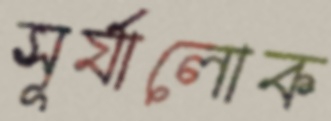
সূর্যালোক